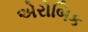
એરોબિક